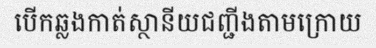
បើកឆ្លងកាត់ស្ថានីយជញ្ជីងតាមក្រោយ